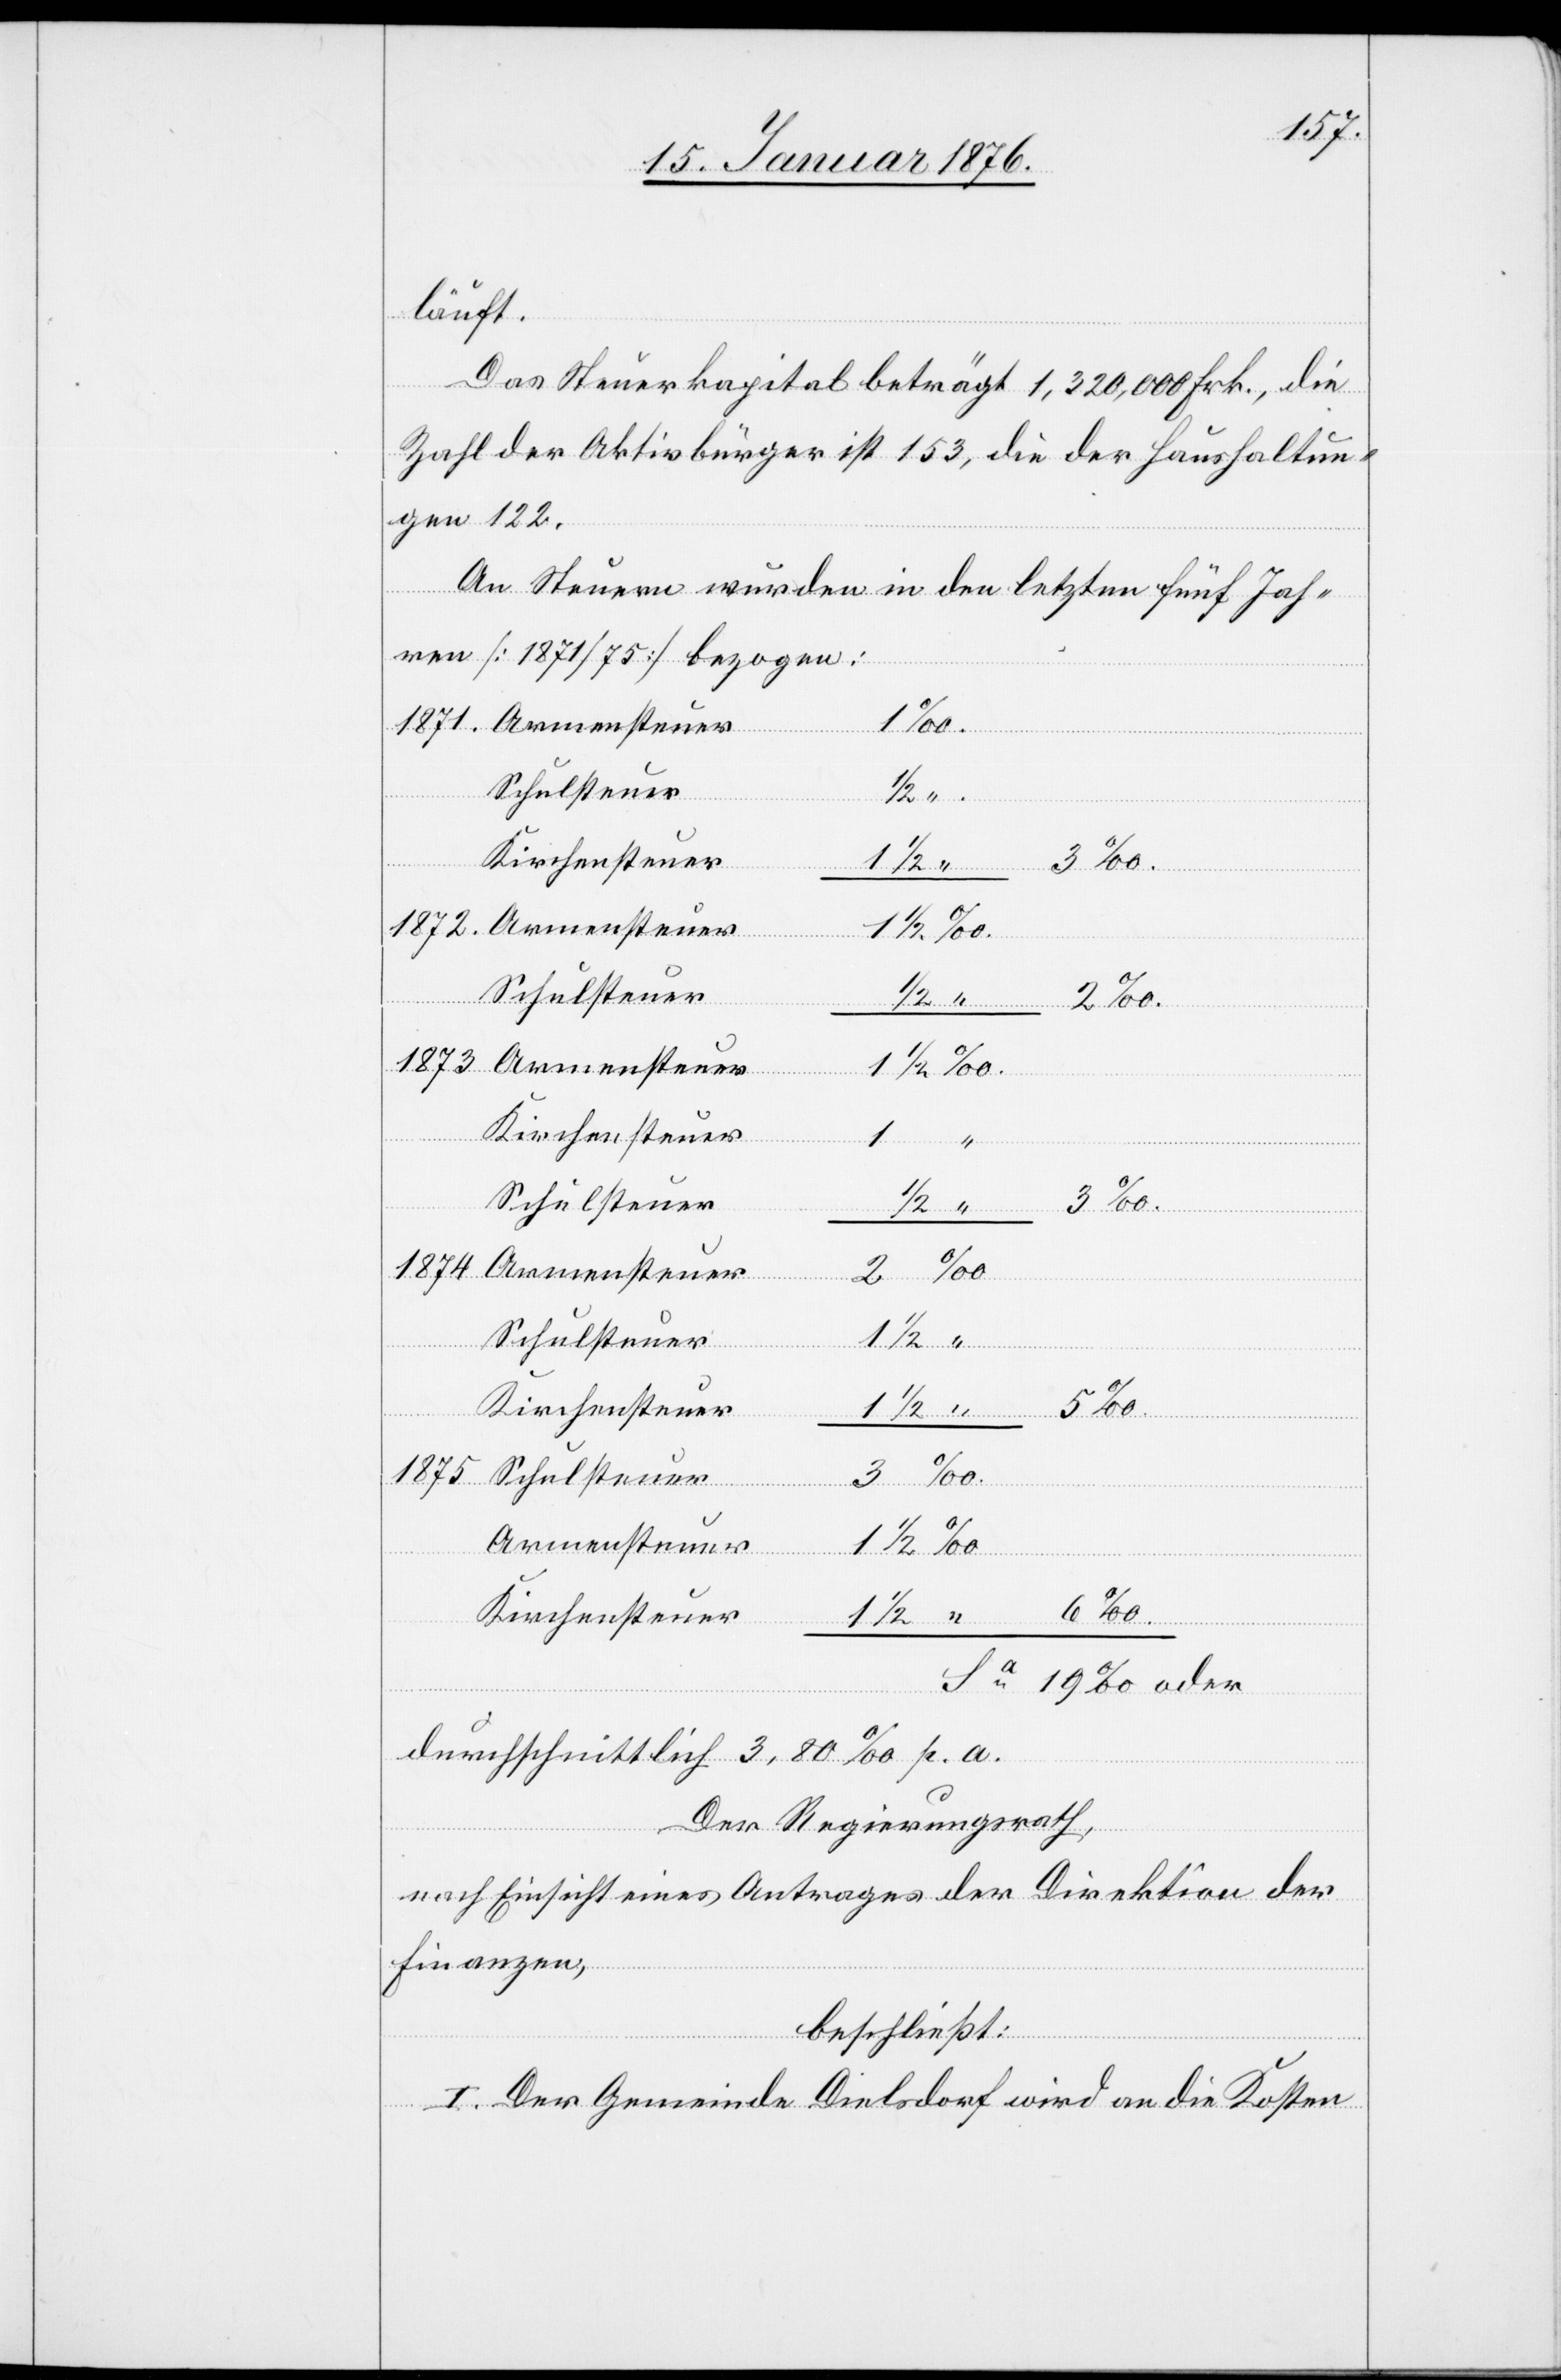
läuft.
Das Steuerkapital beträgt 1,320,000 Frk., die
Zahl der Aktivbürger ist 153, die der Haushaltun¬
gen 122.
An Steuern wurden in den letzten fünf Jah¬
ren [1871/75] bezogen:
2
Schulsteuer
1/2
Kirchensteuer
1
5
3
1874.
Sa.
oder
3
‰.
1875.
Armensteuer
6 ‰.
durchschnittlich 3,80 ‰ p. a.
Der Regierungsrath,
nach Einsicht eines Antrages der Direktion der
Finanzen,
“
beschließt:
I. Der Gemeinde Dielsdorf wird an die Kosten